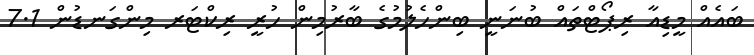
ބައެއް މީޑިއާ ރިޕޯޓްތައް ބުނަނީ ބިންހެލުމުގެ ބާރުމިން ހުރީ ރިކްޓަރ މިންގަނޑުން 7.1